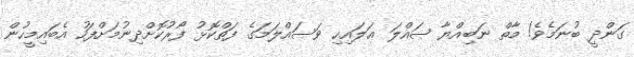
ގަންދީ ބުނަމެވެ! މާތް ނަބިއްޔާ ޞައްލަ ޢަލައިހި ވަސައްލަމަގެ ފަތްކޮޅު ފޯރުކޮށްދިނުމަށްފަހު އެބައިމީހުން